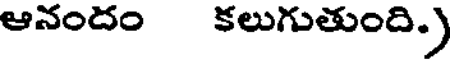
ఆనందం కలుగుతుంది.)